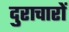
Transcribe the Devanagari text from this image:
दुराचारों